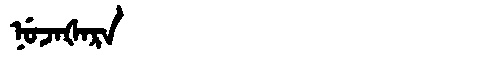
Manchu: ᠨᡠᠵᠠᡧᠠᡵᠠ
Romanization: NUJAŠARA